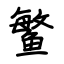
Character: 鳘